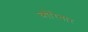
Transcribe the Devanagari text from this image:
व्यौरेवार